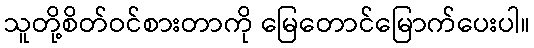
သူတို့စိတ်ဝင်စားတာကို မြေတောင်မြောက်ပေးပါ။